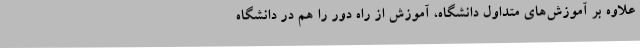
علاوه بر آموزش‌های متداول دانشگاه، آموزش از راه دور را هم در دانشگاه